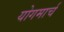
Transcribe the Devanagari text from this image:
योगमार्च